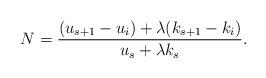
LaTeX: \begin{align*}N=\frac{(u_{s+1}-u_i)+\lambda(k_{s+1}-k_i)}{u_s+\lambda k_s}.\end{align*}